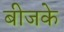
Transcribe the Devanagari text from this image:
बीजके